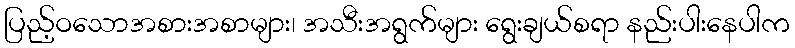
ပြည့်ဝသောအစားအစာများ၊ အသီးအရွက်များ ရွေးချယ်စရာ နည်းပါးနေပါက